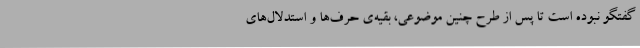
گفتگو نبوده است تا پس از طرح چنین موضوعی، بقیه‌ی حرف‌ها و استدلال‌های